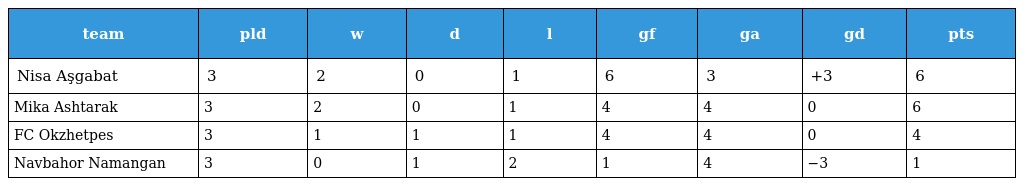
| team | pld | w | d | l | gf | ga | gd | pts |
 | --- | --- | --- | --- | --- | --- | --- | --- | --- |
 | Nisa Aşgabat | 3 | 2 | 0 | 1 | 6 | 3 | +3 | 6 |
 | Mika Ashtarak | 3 | 2 | 0 | 1 | 4 | 4 | 0 | 6 |
 | FC Okzhetpes | 3 | 1 | 1 | 1 | 4 | 4 | 0 | 4 |
 | Navbahor Namangan | 3 | 0 | 1 | 2 | 1 | 4 | −3 | 1 |